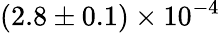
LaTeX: (2.8\pm 0.1)\times 10^{-4}